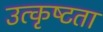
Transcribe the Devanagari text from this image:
उत्कृष्‍टता